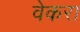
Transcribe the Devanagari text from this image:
वेकरा